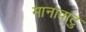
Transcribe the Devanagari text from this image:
मानावाटु